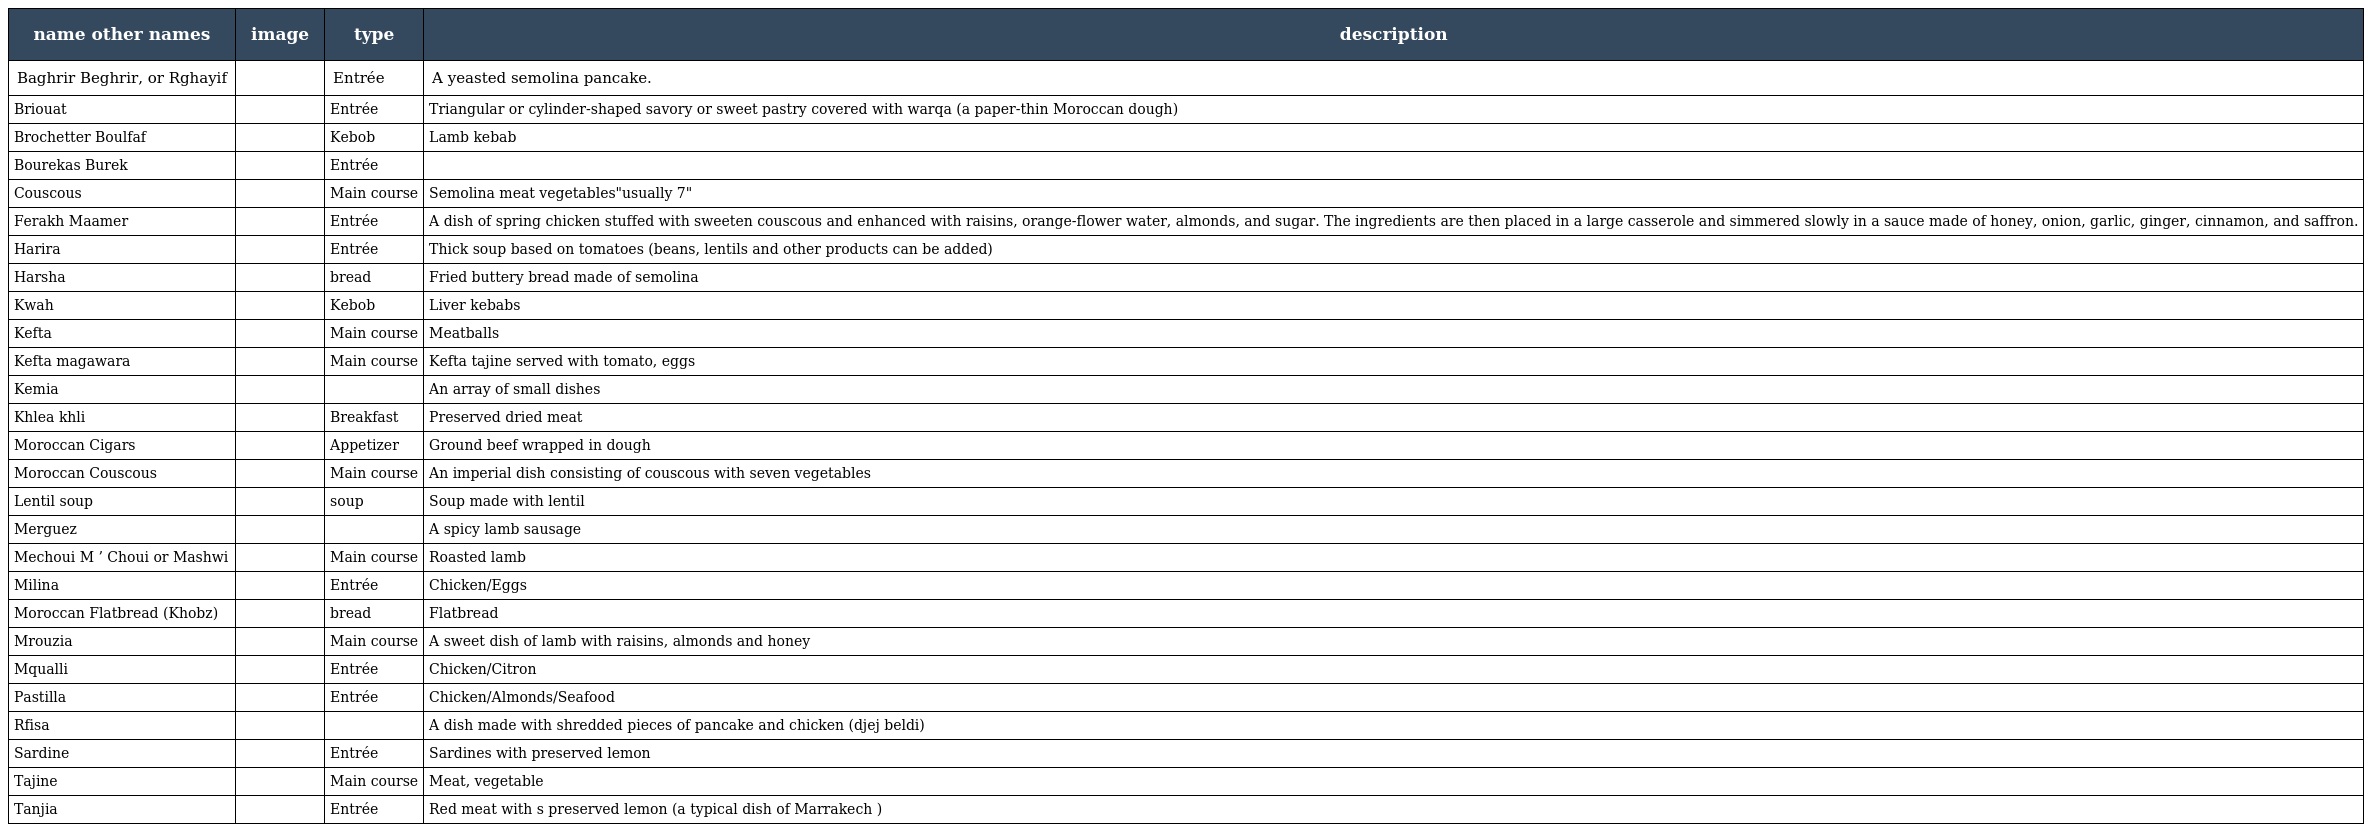
| name other names | image | type | description |
 | --- | --- | --- | --- |
 | Baghrir Beghrir, or Rghayif |  | Entrée | A yeasted semolina pancake. |
 | Briouat |  | Entrée | Triangular or cylinder-shaped savory or sweet pastry covered with warqa (a paper-thin Moroccan dough) |
 | Brochetter Boulfaf |  | Kebob | Lamb kebab |
 | Bourekas Burek |  | Entrée |  |
 | Couscous |  | Main course | Semolina meat vegetables"usually 7" |
 | Ferakh Maamer |  | Entrée | A dish of spring chicken stuffed with sweeten couscous and enhanced with raisins, orange-flower water, almonds, and sugar. The ingredients are then placed in a large casserole and simmered slowly in a sauce made of honey, onion, garlic, ginger, cinnamon, and saffron. |
 | Harira |  | Entrée | Thick soup based on tomatoes (beans, lentils and other products can be added) |
 | Harsha |  | bread | Fried buttery bread made of semolina |
 | Kwah |  | Kebob | Liver kebabs |
 | Kefta |  | Main course | Meatballs |
 | Kefta magawara |  | Main course | Kefta tajine served with tomato, eggs |
 | Kemia |  |  | An array of small dishes |
 | Khlea khli |  | Breakfast | Preserved dried meat |
 | Moroccan Cigars |  | Appetizer | Ground beef wrapped in dough |
 | Moroccan Couscous |  | Main course | An imperial dish consisting of couscous with seven vegetables |
 | Lentil soup |  | soup | Soup made with lentil |
 | Merguez |  |  | A spicy lamb sausage |
 | Mechoui M ’ Choui or Mashwi |  | Main course | Roasted lamb |
 | Milina |  | Entrée | Chicken/Eggs |
 | Moroccan Flatbread (Khobz) |  | bread | Flatbread |
 | Mrouzia |  | Main course | A sweet dish of lamb with raisins, almonds and honey |
 | Mqualli |  | Entrée | Chicken/Citron |
 | Pastilla |  | Entrée | Chicken/Almonds/Seafood |
 | Rfisa |  |  | A dish made with shredded pieces of pancake and chicken (djej beldi) |
 | Sardine |  | Entrée | Sardines with preserved lemon |
 | Tajine |  | Main course | Meat, vegetable |
 | Tanjia |  | Entrée | Red meat with s preserved lemon (a typical dish of Marrakech ) |